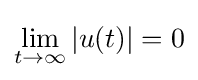
\lim _{t\rightarrow \infty }|u(t)|=0